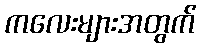
ကလေးများအတွက်